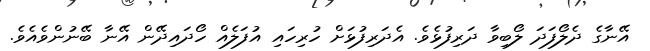
އޭނާގެ ދެލޯފަދަ ލޯބިވާ ދަރިފުޅެވެ. އެދަރިފުޅަށް ހުރިހައި އުފަލެއް ހޯދައިދޭން އޭނާ ބޭނުންވެއެވެ.